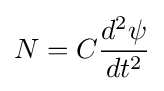
N=C{\frac {d^{2}\psi }{dt^{2}}}